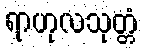
ရာဟုလသုတ္တံ